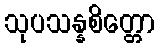
သုပသန္နစိတ္တော